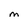
Character: M